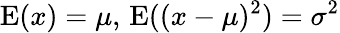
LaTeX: \operatorname{E}(x)=\mu,\, \operatorname{E}((x-\mu)^{2})=\sigma^{2}